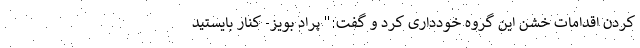
کردن اقدامات خشن این گروه خودداری کرد و گفت:" پراد بویز- کنار بایستید